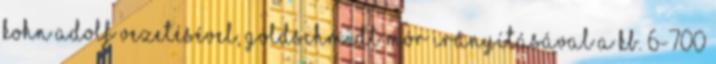
Kohn Adolf vezetésével, Goldschmidt Mór irányításával a kb. 6-700